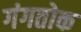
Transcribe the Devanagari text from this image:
गंगतोक